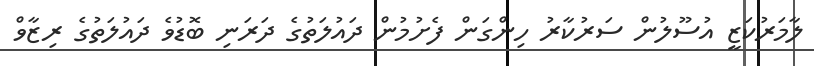
ލާމަރުކަޒީ އުސޫލުން ސަރުކާރު ހިންގަން ފެށުމުން ދައުލަތުގެ ދަރަނި ބޮޑުވެ ދައުލަތުގެ ރިޒާވް